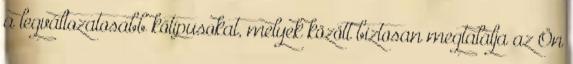
a legváltozatosabb kőtípusokat, melyek között biztosan megtalálja az Ön